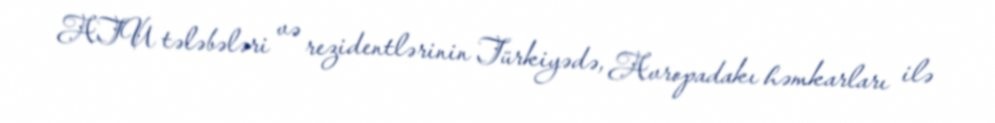
ATU tələbələri və rezidentlərinin Türkiyədə, Avropadakı həmkarları ilə